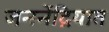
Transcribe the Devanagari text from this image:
जननेंद्रियात